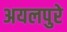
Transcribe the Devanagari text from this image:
अयलपुरे